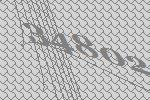
34802